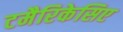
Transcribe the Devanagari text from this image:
टमैरिकेसिए